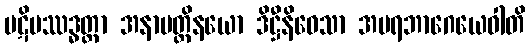
ပဋိပဿဒ္ဓတ္တာ အနာပတ္တိနယော ဒိဋ္ဌီနိဝေသာ အပရဘာဂေယေဝါတိ